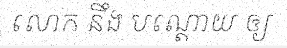
លោក នឹង បណ្តោយ ឲ្យ